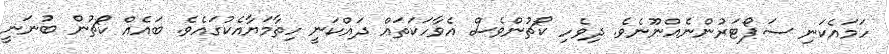
ހަމައެކަނި ސަޕޯޓަރުންނެއްނޫނެވެ. ދިވެހި ކޯޗުންވެސް އެވާހަކަތައް ދައްކަނީ ހިތާމަޔާއެކުގައެވެ. ބައެއް ކޯޗުން ބުނަނީ